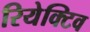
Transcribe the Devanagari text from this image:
रियेक्टिव